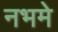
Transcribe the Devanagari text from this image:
नभमे